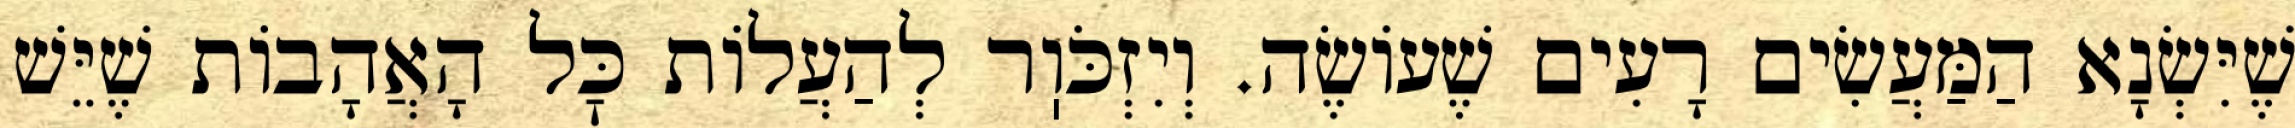
שֶׁיִּשְׂנָא הַמַּעֲשִׂים רָעִים שֶׁעוֹשֶׂה. וְיִזְכֹּוֽר לְהַעֲלוֹת כׇּל הָאֲהָבוֹת שֶׁיֵּשׁ